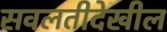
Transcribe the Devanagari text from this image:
सवलतीदेखील